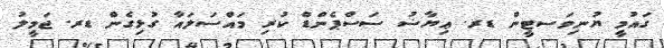
ގައުމީ ޔުނިވަސޓީން ޑރ. ޢިޔާޟު ސަސްޕެންޑް ކުރި މައްސަލައާ ގުޅިގެން ޑރ. ޖަމީލު